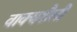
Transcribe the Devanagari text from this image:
वाक्यशैली